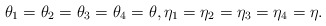
\begin{align*}\theta_1 = \theta_2 = \theta_3 = \theta_4 = \theta, \eta_1 = \eta_2 = \eta_3 = \eta_4 = \eta.\end{align*}